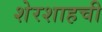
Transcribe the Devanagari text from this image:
शेरशाहची